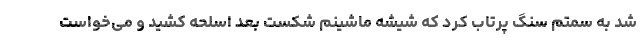
شد به سمتم سنگ پرتاب کرد که شیشه ماشینم شکست بعد اسلحه کشید و می‌خواست